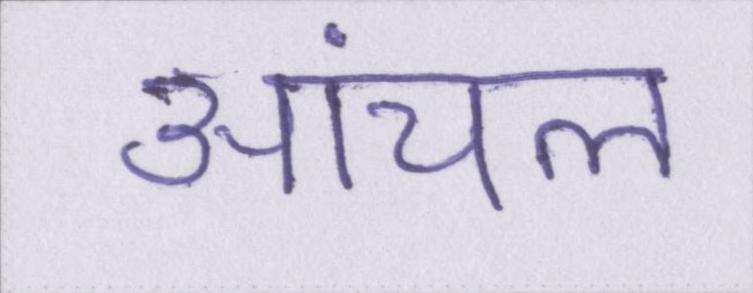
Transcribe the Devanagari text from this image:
आंचल